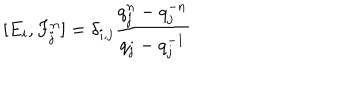
[ E _ { i } , F _ { j } ^ { n } ] = \delta _ { i , j } \frac { q _ { j } ^ { n } - q _ { j } ^ { - n } } { q _ { j } - q _ { j } ^ { - 1 } }